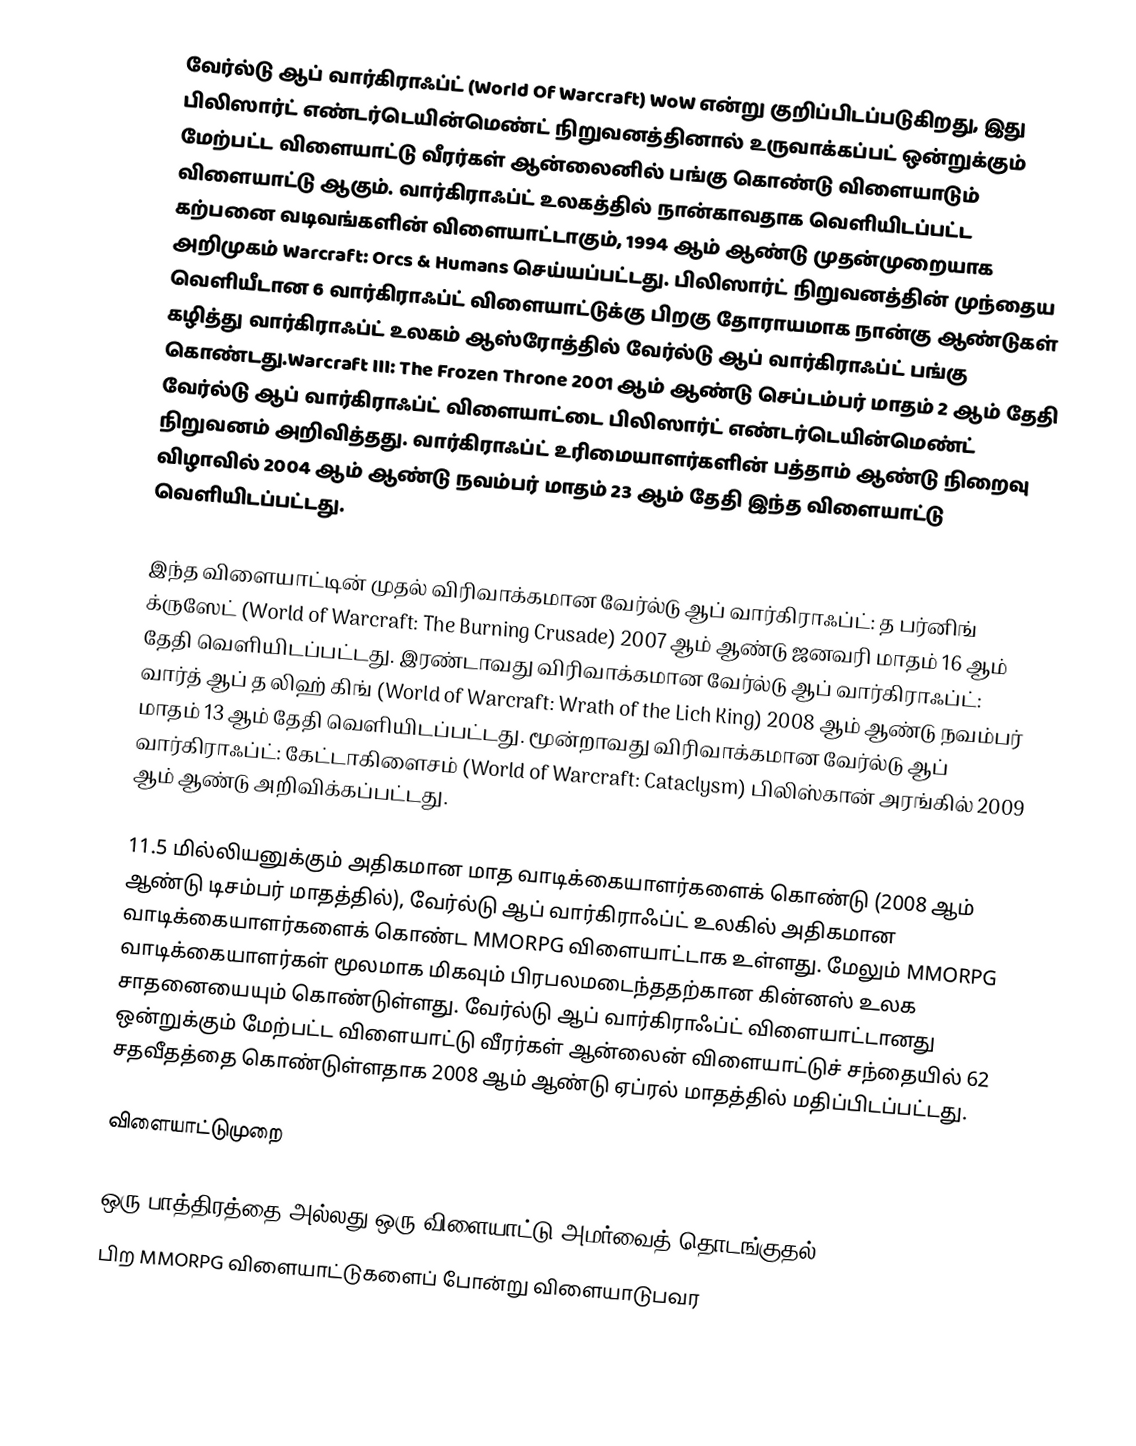
வேர்ல்டு ஆப் வார்கிராஃப்ட்  (World Of Warcraft) WoW   என்று குறிப்பிடப்படுகிறது, இது பிலிஸார்ட் எண்டர்டெயின்மெண்ட் நிறுவனத்தினால் உருவாக்கப்பட் ஒன்றுக்கும் மேற்பட்ட விளையாட்டு வீரர்கள் ஆன்லைனில் பங்கு கொண்டு விளையாடும் விளையாட்டு ஆகும். வார்கிராஃப்ட் உலகத்தில் நான்காவதாக வெளியிடப்பட்ட கற்பனை வடிவங்களின் விளையாட்டாகும், 1994 ஆம் ஆண்டு முதன்முறையாக அறிமுகம் Warcraft: Orcs & Humans  செய்யப்பட்டது. பிலிஸார்ட் நிறுவனத்தின் முந்தைய வெளியீடான 6  வார்கிராஃப்ட்  விளையாட்டுக்கு பிறகு தோராயமாக நான்கு ஆண்டுகள் கழித்து வார்கிராஃப்ட்  உலகம் ஆஸ்ரோத்தில் வேர்ல்டு ஆப் வார்கிராஃப்ட்  பங்கு கொண்டது.Warcraft III: The Frozen Throne  2001 ஆம் ஆண்டு செப்டம்பர் மாதம் 2 ஆம் தேதி வேர்ல்டு ஆப் வார்கிராஃப்ட்  விளையாட்டை பிலிஸார்ட் எண்டர்டெயின்மெண்ட் நிறுவனம் அறிவித்தது. வார்கிராஃப்ட்  உரிமையாளர்களின் பத்தாம் ஆண்டு நிறைவு விழாவில் 2004 ஆம் ஆண்டு நவம்பர் மாதம் 23 ஆம் தேதி இந்த விளையாட்டு வெளியிடப்பட்டது.

இந்த விளையாட்டின் முதல் விரிவாக்கமான வேர்ல்டு ஆப் வார்கிராஃப்ட்: த பர்னிங் க்ருஸேட் (World of Warcraft: The Burning Crusade) 2007 ஆம் ஆண்டு ஜனவரி மாதம் 16 ஆம் தேதி வெளியிடப்பட்டது. இரண்டாவது விரிவாக்கமான வேர்ல்டு ஆப் வார்கிராஃப்ட்: வார்த் ஆப் த லிஹ் கிங் (World of Warcraft: Wrath of the Lich King) 2008 ஆம் ஆண்டு நவம்பர் மாதம் 13 ஆம் தேதி வெளியிடப்பட்டது. மூன்றாவது விரிவாக்கமான வேர்ல்டு ஆப் வார்கிராஃப்ட்: கேட்டாகிளைசம் (World of Warcraft: Cataclysm) பிலிஸ்கான் அரங்கில் 2009 ஆம் ஆண்டு அறிவிக்கப்பட்டது.

11.5 மில்லியனுக்கும் அதிகமான மாத வாடிக்கையாளர்களைக் கொண்டு (2008 ஆம் ஆண்டு டிசம்பர் மாதத்தில்), வேர்ல்டு ஆப் வார்கிராஃப்ட்  உலகில் அதிகமான வாடிக்கையாளர்களைக் கொண்ட MMORPG  விளையாட்டாக உள்ளது. மேலும் MMORPG வாடிக்கையாளர்கள் மூலமாக மிகவும் பிரபலமடைந்ததற்கான கின்னஸ் உலக சாதனையையும் கொண்டுள்ளது. வேர்ல்டு ஆப் வார்கிராஃப்ட்  விளையாட்டானது ஒன்றுக்கும் மேற்பட்ட விளையாட்டு வீரர்கள் ஆன்லைன் விளையாட்டுச் சந்தையில் 62 சதவீதத்தை கொண்டுள்ளதாக 2008 ஆம் ஆண்டு ஏப்ரல் மாதத்தில் மதிப்பிடப்பட்டது.

விளையாட்டுமுறை

ஒரு பாத்திரத்தை அல்லது ஒரு விளையாட்டு அமர்வைத் தொடங்குதல்
பிற MMORPG விளையாட்டுகளைப் போன்று விளையாடுபவர